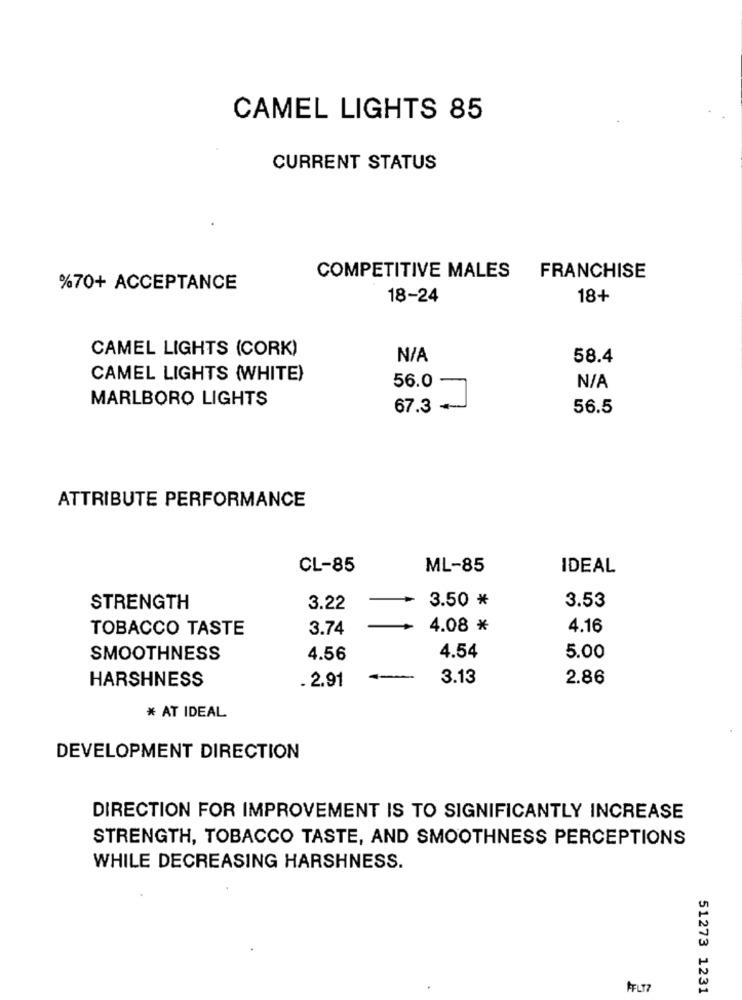
CAMEL LIGHTS 85
CURRENT STATUS
COMPETITIVE MALES
FRANCHISE
%70+ ACCEPTANCE
18-24
18+
CAMEL LIGHTS (CORK)
58.4
CAMEL LIGHTS (WHITE)
56.0
MARLBORO LIGHTS
67.3
56.5
ATTRIBUTE PERFORMANCE
CL-85
ML-85
IDEAL
STRENGTH
3.22
3.50 *
3.53
TOBACCO TASTE
3.74
4.08 *
4.16
SMOOTHNESS
4.56
4.54
5.00
HARSHNESS
. 2.91
-
3.13
2.86
* AT IDEAL
DEVELOPMENT DIRECTION
DIRECTION FOR IMPROVEMENT IS TO SIGNIFICANTLY INCREASE
STRENGTH, TOBACCO TASTE, AND SMOOTHNESS PERCEPTIONS
WHILE DECREASING HARSHNESS.
51273 1231